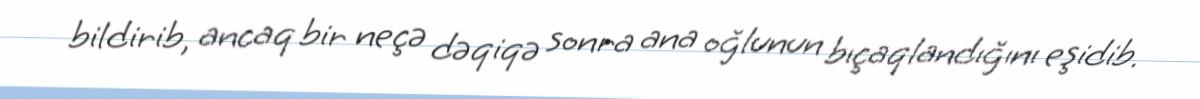
bildirib, ancaq bir neçə dəqiqə sonra ana oğlunun bıçaqlandığını eşidib.